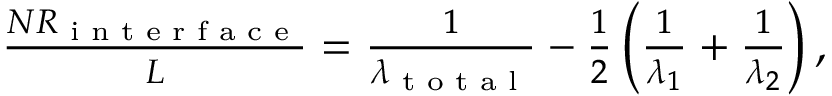
\begin{array} { r } { \frac { N R _ { \textrm { i n t e r f a c e } } } { L } = \frac { 1 } { \lambda _ { \textrm { t o t a l } } } - \frac { 1 } { 2 } \left( \frac { 1 } { \lambda _ { 1 } } + \frac { 1 } { \lambda _ { 2 } } \right) , } \end{array}